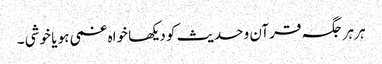
ہر ہر جگہ قرآن و حدیث کو دیکھا خواہ غمی ہو یا خوشی ۔